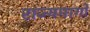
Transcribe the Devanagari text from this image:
राज्यमार्गों